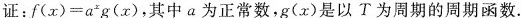
证：$$f ( x ) = a ^ { x } g ( x )$$，其中a为正常数，g(x)是以T为周期的周期函数。